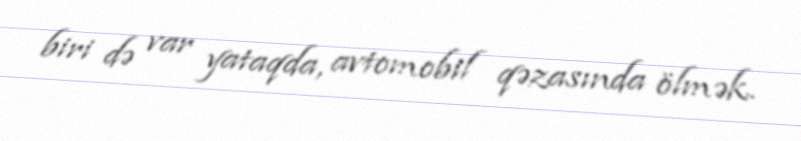
biri də var yataqda, avtomobil qəzasında ölmək.